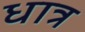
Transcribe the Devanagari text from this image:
धात्र